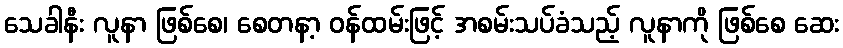
သေခါနီး လူနာ ဖြစ်စေ၊ စေတနာ့ ဝန်ထမ်းဖြင့် အစမ်းသပ်ခံသည့် လူနာကို ဖြစ်စေ ဆေး